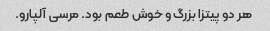
هر دو پیتزا بزرگ و خوش طعم بود. مرسی آلپارو.